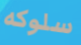
سلوكه